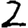
Digit: 2